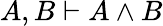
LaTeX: A,B\vdash A\land B